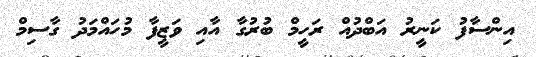
އިންސާފު ކަނީރު އަބްދުއް ރަހީމް ބުރުގާ އާއި ވަޒީފާ މުހައްމަދު ގާސިމް